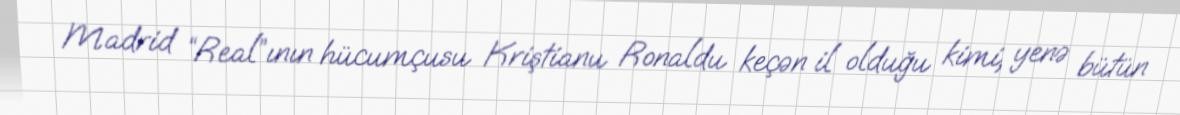
Madrid “Real”ının hücumçusu Kriştianu Ronaldu keçən il olduğu kimi, yenə bütün